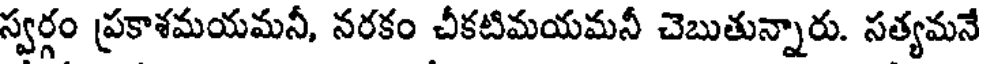
స్వర్గం ప్రకాశమయమనీ, నరకం చీకటిమయమనీ చెబుతున్నారు. సత్యమనే